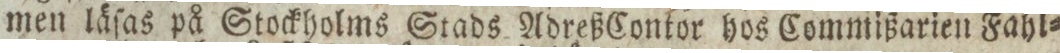
men läſas på Stockholms Stads Adreß Contor hos Commißarien Fahl=